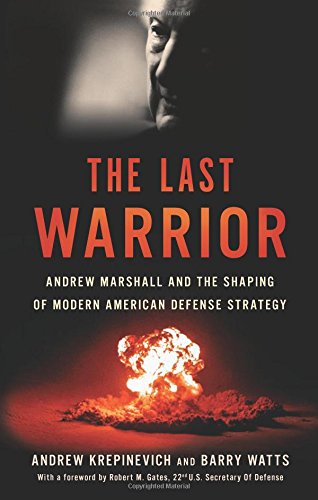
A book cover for The Last Warrior: Andrew Marshall and the Shaping of Modern American Defense Strategy; Andrew F. Krepinevich; History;